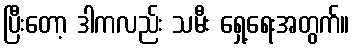
ပြီးတော့ ဒါကလည်း သမီး ရှေ့ရေးအတွက်။